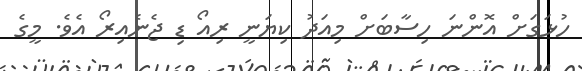
ހުޅަގަށް އޮންނަ ހިސާބަށް މިއަދު ކިޔަނީ ރިއޯ ޑި ޖެނެއިރޯ އެވެ. މީގެ